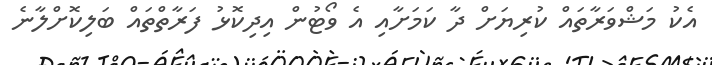
އެކު މަޝްވަރާތައް ކުރިޔަށް ދާ ކަމަށާއި އެ ވޯޓުން އިދިކޮޅު ފަރާތްތައް ބަލިކޮށްލާނެ